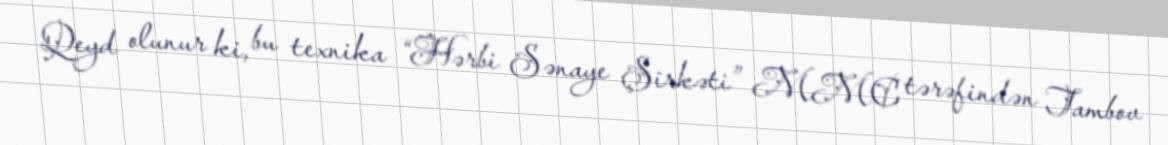
Qeyd olunur ki, bu texnika “Hərbi Sənaye Şirkəti” MMC tərəfindən Tambov